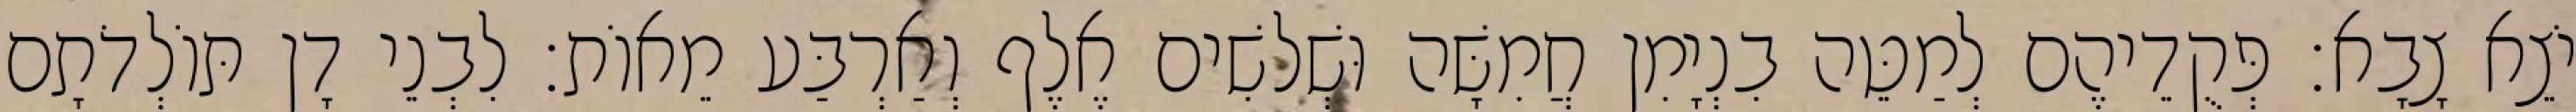
יֹצֵא צָבָא׃ פְּקֻדֵיהֶם לְמַטֵּה בִנְיָמִן חֲמִשָּׁה וּשְׁלשִׁים אֶלֶף וְאַרְבַּע מֵאוֹת׃ לִבְנֵי דָן תּוֹלְדֹתָם